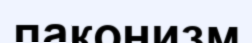
лаконизм